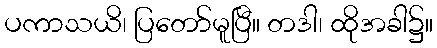
ပကာသယိ၊ ပြတော်မူပြီ။ တဒါ၊ ထိုအခါ၌။